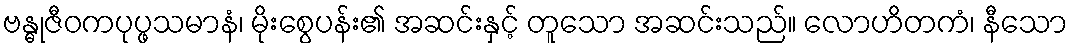
ဗန္ဓုဇီဝကပုပ္ဖသမာနံ၊ မိုးစွေပန်း၏ အဆင်းနှင့် တူသော အဆင်းသည်။ လောဟိတကံ၊ နီသော